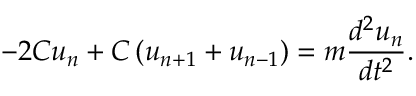
- 2 C u _ { n } + C \left( u _ { n + 1 } + u _ { n - 1 } \right) = m { \frac { d ^ { 2 } u _ { n } } { d t ^ { 2 } } } .